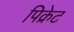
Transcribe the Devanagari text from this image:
पिक्रेट